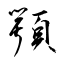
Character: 顎